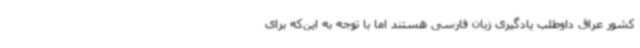
کشور عراق داوطلب یادگیری زبان فارسی هستند اما با توجه به این‌که برای